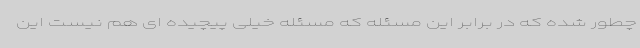
چطور شده که در برابر این مسئله که مسئله خیلی پیچیده ای هم نیست این